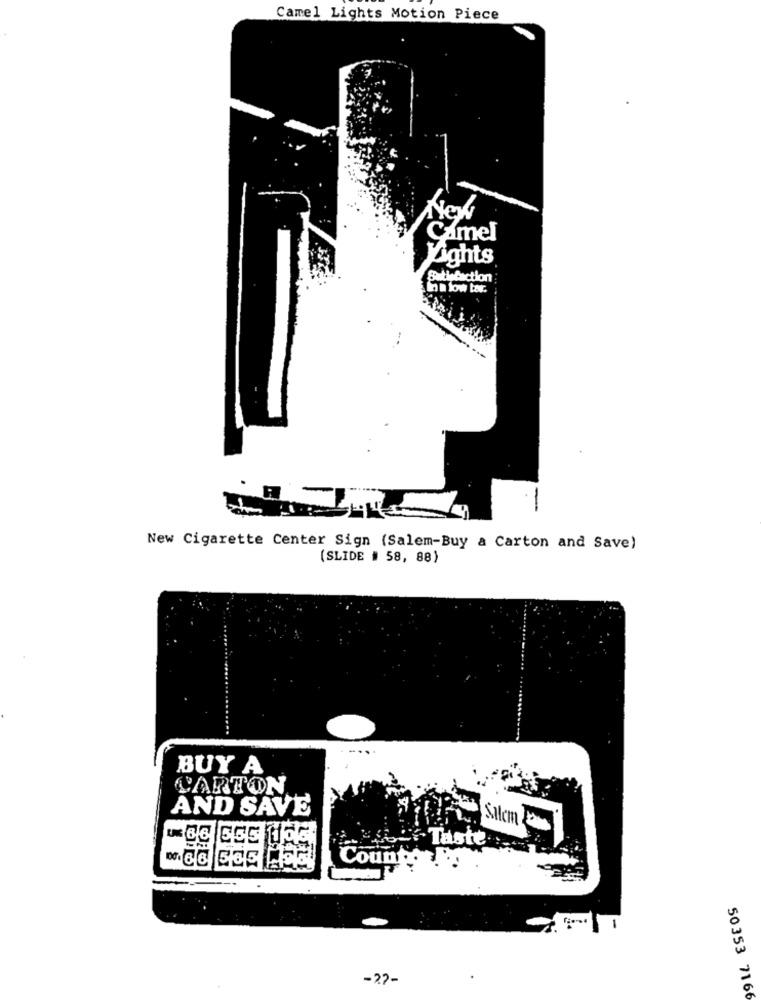
Camel Lights Motion Piece
New
Camel
Lights
Satisfaction
Inn low bar.
New Cigarette Center Sign (Salem-Buy a Carton and Save)
(SLIDE # 58, 88)
BUY A
CARTON
AND SAVE
S.ilem
Taste
Counter !!
-27-
50353 7166